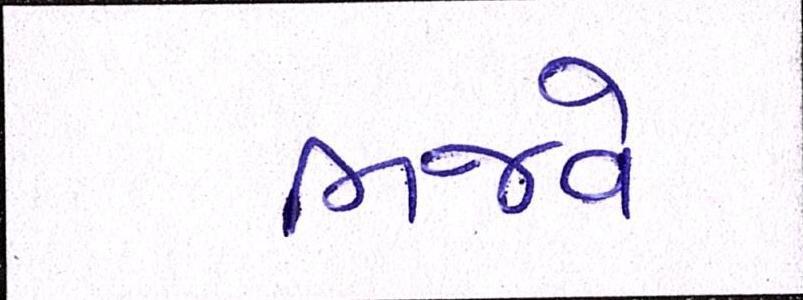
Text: ભજવે